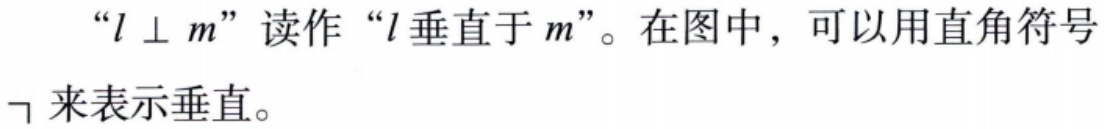
“\(l \perp m\)”读作“\(l\)垂直于\(m\)”。在图中，可以用直角符号\(\lrcorner\)来表示垂直。